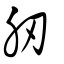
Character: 肕